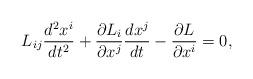
LaTeX: \begin{align*}L_{ij}\frac{d^2x^i}{dt^2}+\frac{\partial L_i}{\partial x^j}\frac{dx^j}{dt}-\frac{\partial L}{\partial x^i}=0,\end{align*}